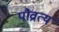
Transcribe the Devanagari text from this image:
पौव्रात्य